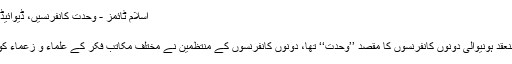
اسلام ٹائمز - وحدت کانفرنسیں، ڈیوائیڈ نہیں یونائیٹڈ ہونا ہوگا - پرنٹ کریں
19 Nov 2019 19:47
اسلام ٹائمز: لاہور کی سرزمین پر منعقد ہونیوالی دونوں کانفرنسوں کا مقصد ’’وحدت‘‘ تھا، دونوں کانفرنسوں کے منتظمین نے مختلف مکاتب فکر کے علماء و زعماء کو ایک پلیٹ فارم پر متحد بھی کر لیا۔